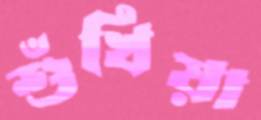
শুঁখিয়া